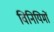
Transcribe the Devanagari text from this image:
विनियिमों